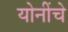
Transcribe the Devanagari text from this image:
योनींचे